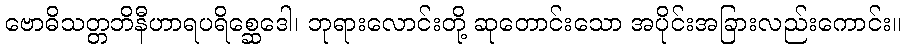
ဗောဓိသတ္တဘိနီဟာရပရိစ္ဆေဒေါ၊ ဘုရားလောင်းတို့ ဆုတောင်းသော အပိုင်းအခြားလည်းကောင်း။